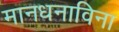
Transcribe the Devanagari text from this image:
मानधनाविना